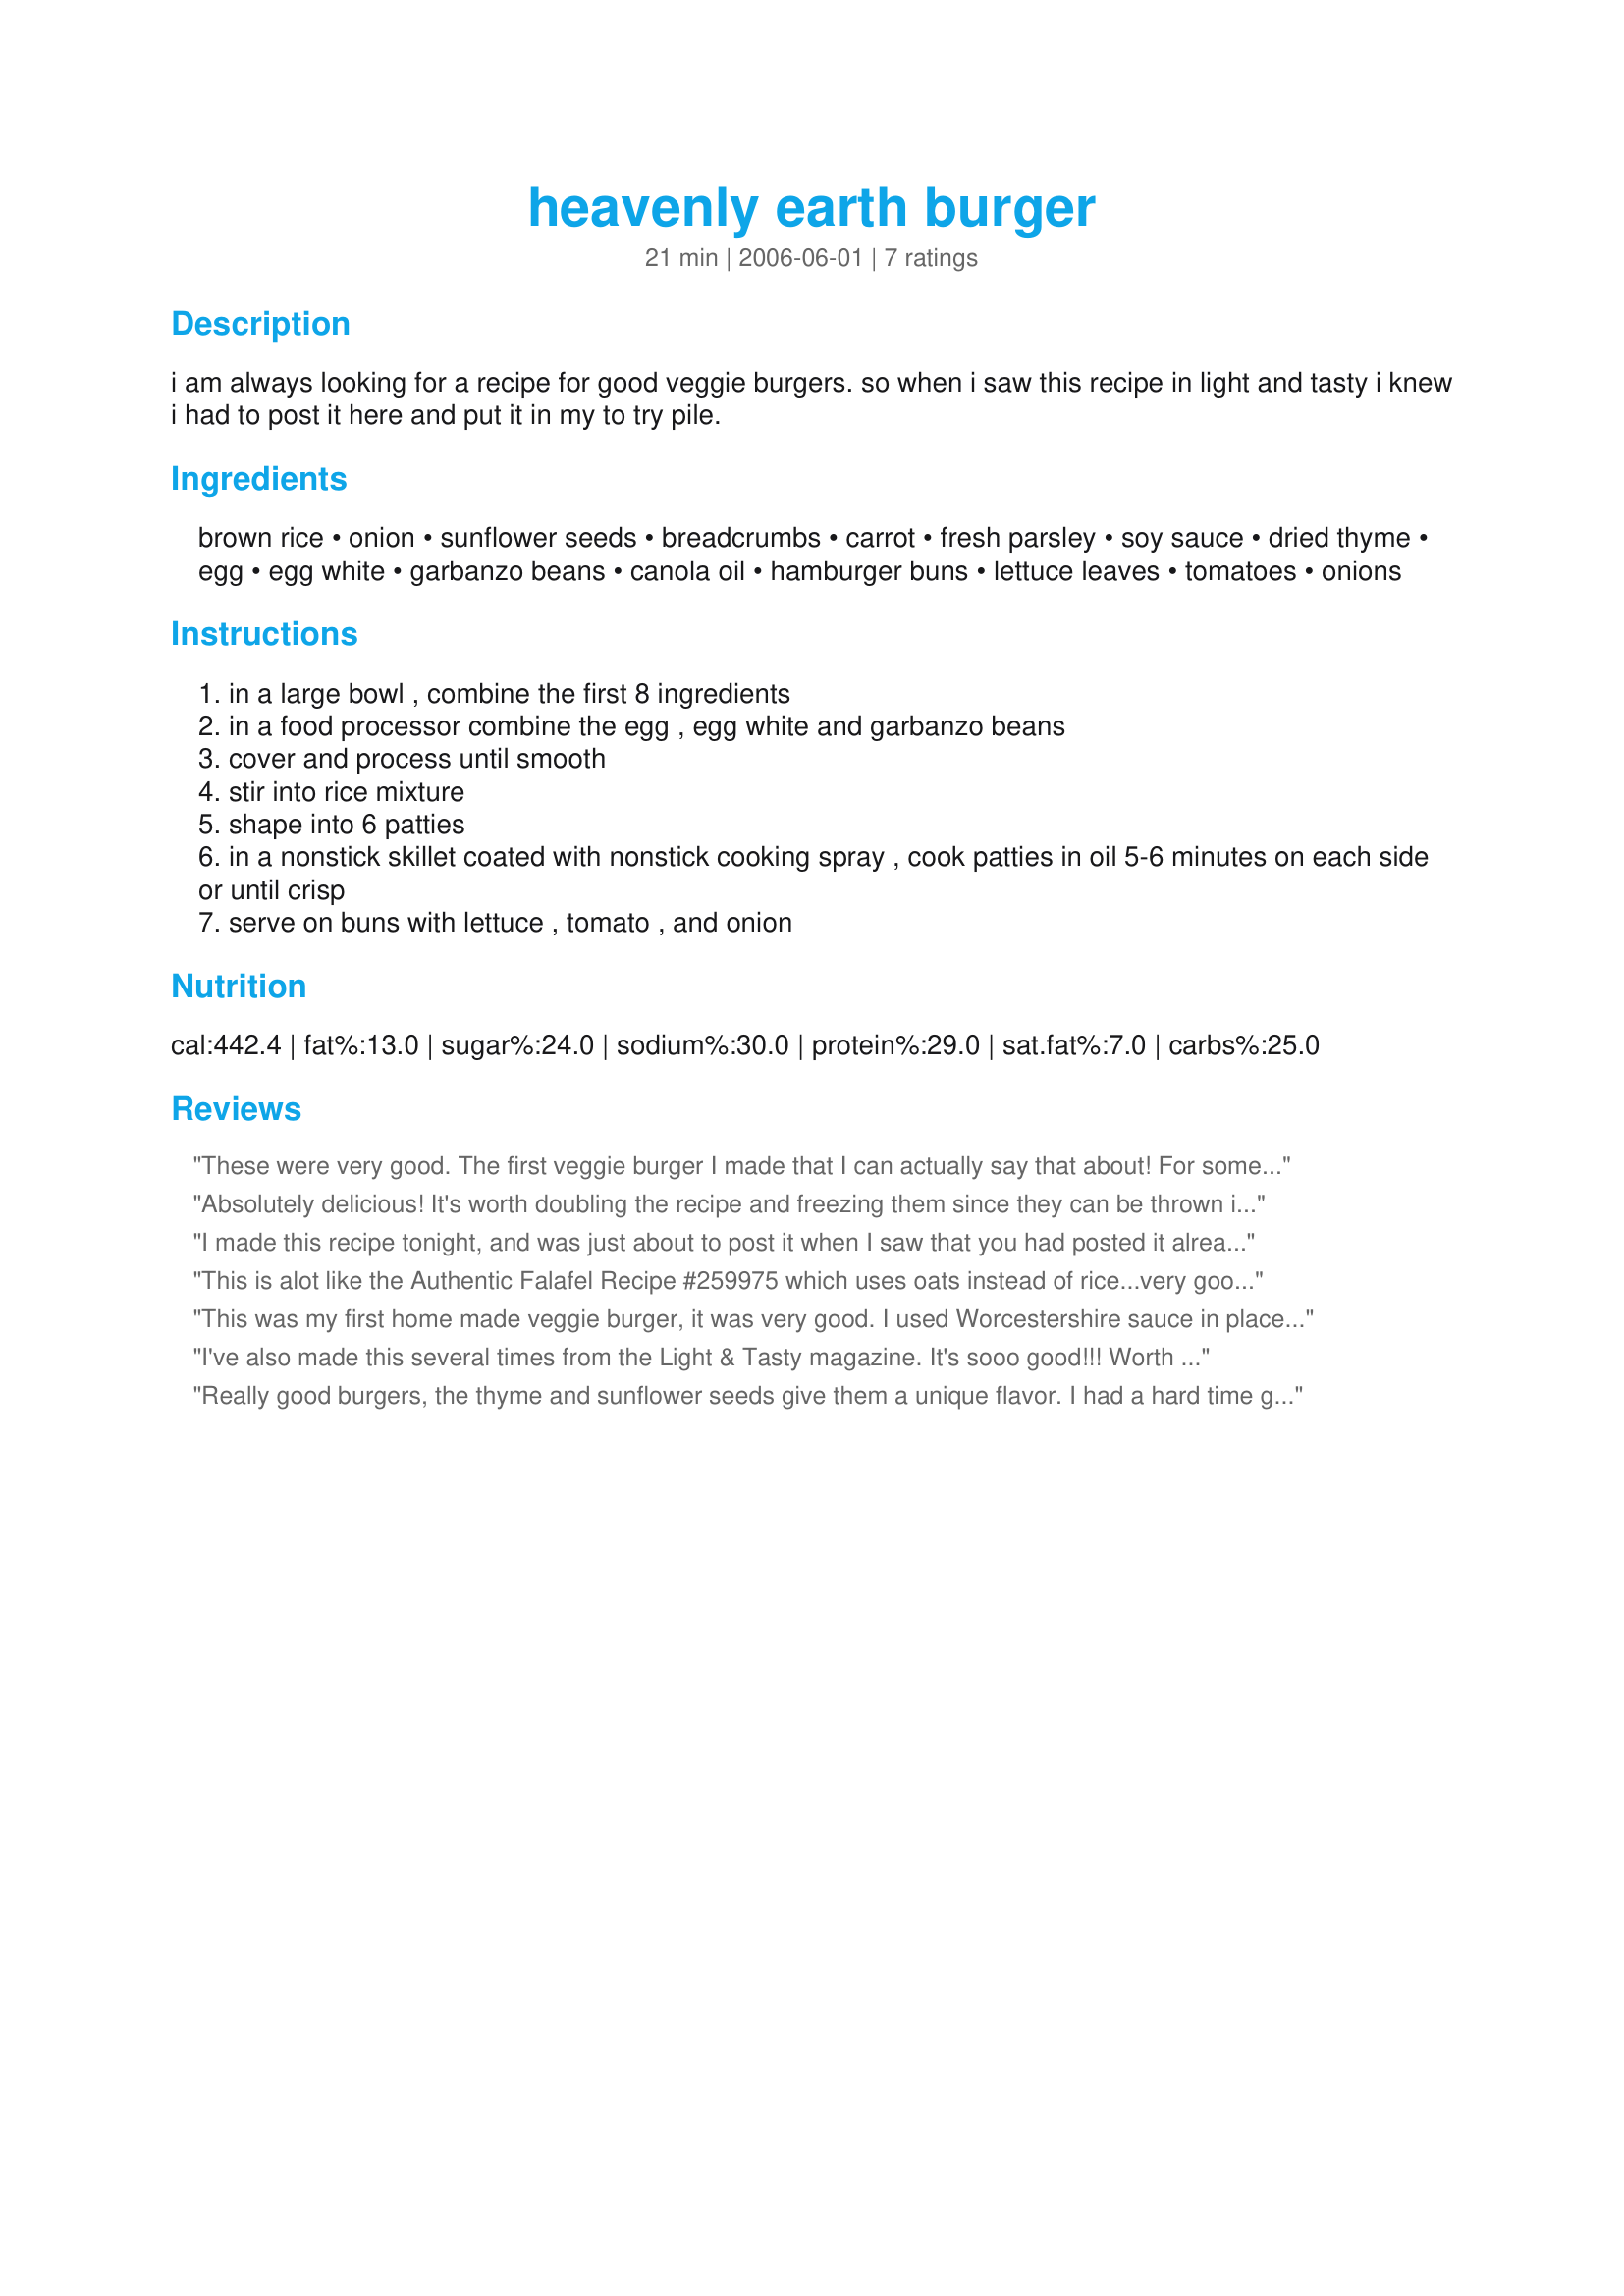
heavenly earth burger
Preparation time: 21 minutes

i am always looking for a recipe for good veggie burgers. so when i saw this recipe in light and tasty i knew i had to post it here and put it in my to try pile.

Ingredients:
brown rice, onion, sunflower seeds, breadcrumbs, carrot, fresh parsley, soy sauce, dried thyme, egg, egg white, garbanzo beans, canola oil, hamburger buns, lettuce leaves, tomatoes, onions

Steps:
in a large bowl , combine the first 8 ingredients
in a food processor combine the egg , egg white and garbanzo beans
cover and process until smooth
stir into rice mixture
shape into 6 patties
in a nonstick skillet coated with nonstick cooking spray , cook patties in oil 5-6 minutes on each side or until crisp
serve on buns with lettuce , tomato , and onion

Reviews:
These were very good. The first veggie burger I made that I can actually say that about! For some reason, they typically don&#039;t turn out for me but this one was a success. I made a couple changes due to what I had on hand- white rice instead of brown (due to arsenic concerns), dried parsley instead of fresh, and liquid aminos in place of the soy sauce. I made sure to dry the carrot before adding it and these held up well when flipped. Thanks for sharing! I also plan on making a bunch to freeze as prep time was too intensive to go through every time (I have a house full of crazy kids, so time is tight!).
Absolutely delicious! It's worth doubling the recipe and freezing them since they can be thrown in a pan frozen and still only take a few minutes to cook. They do tend to break apart when cooking, but they're amazing all the same.
I made this recipe tonight, and was just about to post it when I saw that you had posted it already. These are awesome veggie burgers. I went a little light on the fresh parsley, because my parsley has a very strong flavor. I did not cook the patties in oil. I only used the non-stick skillet coated with the cooking spray. I dropped them into the hot skillet from a 1/2 cup measuring cup, and then flattened/formed them with my rubber spatula. This worked really well.
This is alot like the Authentic Falafel Recipe #259975 which uses oats instead of rice...very good :D
This was my first home made veggie burger, it was very good. I used Worcestershire sauce in place of soy to give it a more familiar taste. They held together well and the scoop and smash tip worked awesome. I can wait to make again.
I've also made this several times from the Light & Tasty magazine. It's sooo good!!! Worth the little extra time to prepare from scratch.
Really good burgers, the thyme and sunflower seeds give them a unique flavor. I had a hard time getting them to hold together. I think I might try adding a little flour and fresh garlic next time and also make the patties a smaller. Thanks for posting the recipe.
